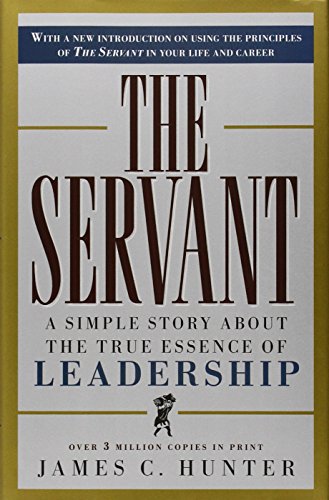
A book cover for The Servant: A Simple Story About the True Essence of Leadership; James C. Hunter; Business & Money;